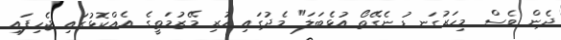
ދެން ވެސް މިހަރުގަނޑު ނެގޭތޯ އުޅެބަލަ" މެދުގައި ހުރި މޭޒުމަތީގެ އެއްކޮޅުގައި ޖެހިފައި